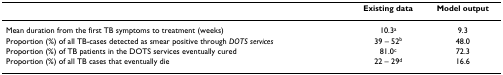
<table><thead><tr><td></td><td><b>Existing data</b></td><td><b>Model output</b></td></tr></thead><tbody><tr><td>Mean duration from the first TB symptoms to treatment (weeks)</td><td>10.3<sup>a</sup></td><td>9.3</td></tr><tr><td>Proportion (%) of all TB-cases detected as smear positive through <i>DOTS services</i></td><td>39 – 52<sup>b</sup></td><td>48.0</td></tr><tr><td>Proportion (%) of TB patients in the DOTS services eventually cured</td><td>81.0<sup>c</sup></td><td>72.3</td></tr><tr><td>Proportion (%) of all TB cases that eventually die</td><td>22 – 29<sup>d</sup></td><td>16.6</td></tr></tbody></table>